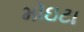
મોઇટા